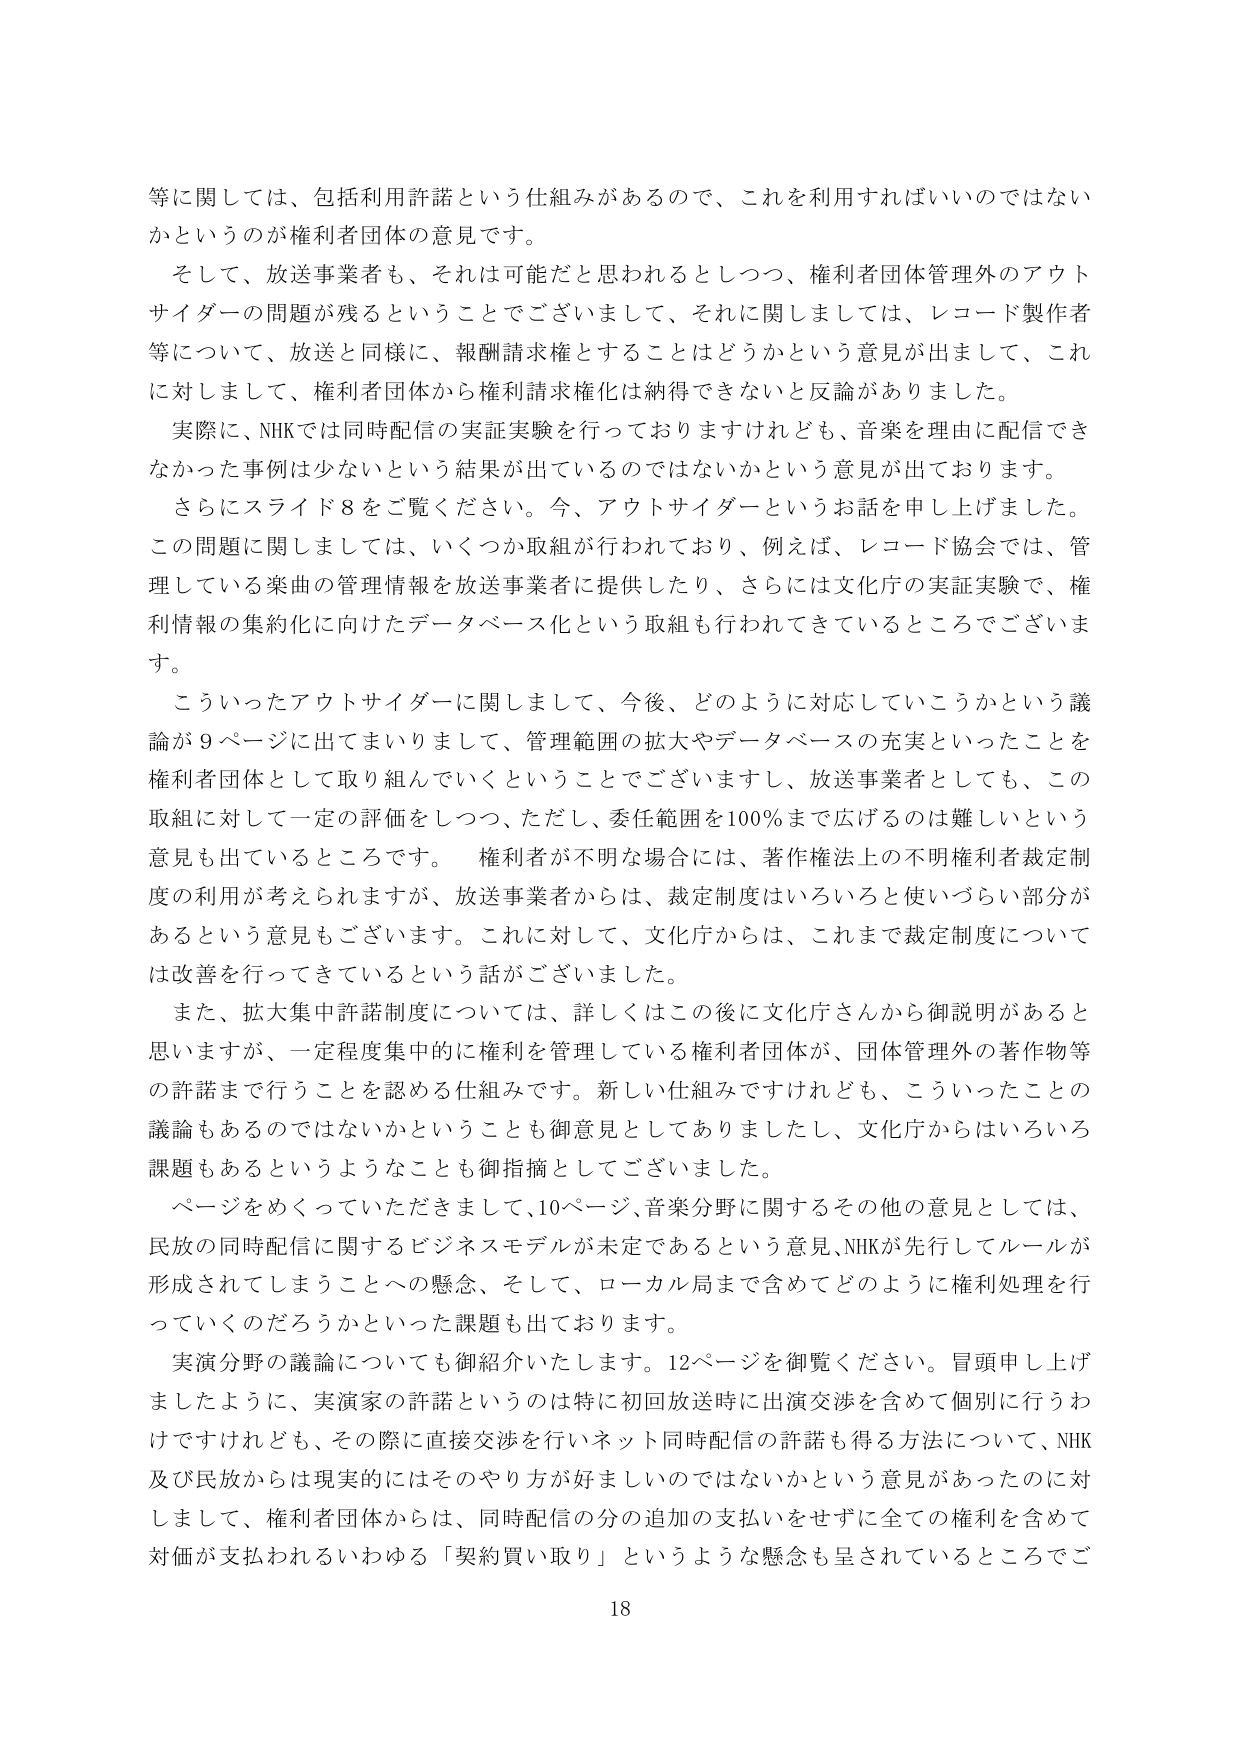
等に関しては、包括利用許諾という仕組みがあるので、これを利用すればいいのではない
かというのが権利者団体の意見です。
そして、放送事業者も、それは可能だと思われるとして、権利者団体管理外のアウト
サイダーの問題が残るということでございまして、それに関しましては、レコード製作者
等について、放送と同様に、報酬請求権とすることはどうかという意見が出まして、これ
に対しまして、権利者団体から権利請求権化は納得できないと反論がありました。
実際に、NHKでは同時配信の実証実験を行っておりますけれども、音楽を理由に配信でき
なかった事例は少ないという結果が出ているのではないかという意見が出ております。
さらにスライド8をご覧ください。今、アウトサイダーというお話を申し上げました。
この問題に関しましては、いくつか取組が行われており、例えば、レコード協会では、管
理している楽曲の管理情報を放送事業者に提供したり、さらには文化庁の実証実験で、権
利情報の集約化に向けたデータベース化という取組も行われてきているところでございま
す。
こういったアウトサイダーに関しまして、今後、どのように対応していこうかという議
論が9ページに出てまいりまして、管理範囲の拡大やデータベースの充実といったことを
権利者団体として取り組んでいくということでございますし、放送事業者としても、この
取組に対して一定の評価をしつつ、ただし、委任範囲を100％まで広げるのは難しいという
意見も出ているところです。 権利者が不明な場合には、著作権法上の不明権利者裁定制
度の利用が考えられますが、放送事業者からは、裁定制度はいろいろと使いづらい部分が
あるという意見もございます。これに対して、文化庁からは、これまで裁定制度について
は改善を行ってきているという話がございました。
また、拡大集中許諾制度については、詳しくはこの後に文化庁さんから御説明があると
思いますが、一定程度集中的に権利を管理している権利者団体が、団体管理外の著作物等
の許諾まで行うことを認める仕組みです。新しい仕組みですけれども、こういったことの
議論もあるのではないかということも御意見としてありましたし、文化庁からはいろいろ
課題もあるというようなことも御指摘としてございました。
ページをめくっていただきまして、10ページ、音楽分野に関するその他の意見としては、
民放の同時配信に関するビジネスモデルが未定であるという意見、NHKが先行してルールが
形成されてしまうことへの懸念、そして、ローカル局まで含めてどのように権利処理を行
っていくのだろうかといった課題も出ております。
実演分野の議論についても御紹介いたします。12ページを御覧ください。冒頭申し上げ
ましたように、実演家の許諾というのは特に初回放送時に出演交渉を含めて個別に行うわ
けですけれども、その際に直接交渉を行いネット同時配信の許諾も得る方法について、NHK
及び民放からは現実的にはそのやり方が好ましいのではないかという意見があったのに対
しまして、権利者団体からは、同時配信の分の追加の支払いをせずに全ての権利を含めて
対価が支払われるいわゆる「契約買い取り」というような懸念も呈されているところでご
18